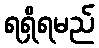
ရရှိရမည်